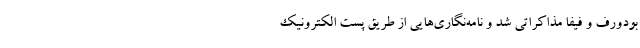
بودورف و فیفا مذاکراتی شد و نامه‌نگاری‌هایی از طریق پست الکترونیک